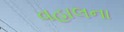
વહાલના